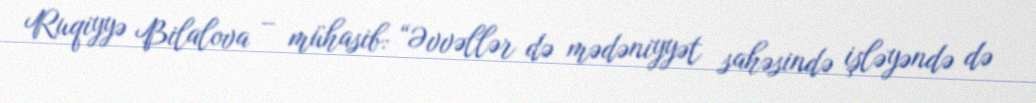
Ruqiyyə Bilalova – mühasib: “Əvvəllər də mədəniyyət sahəsində işləyəndə də